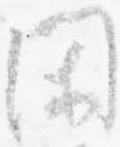
閑